65_HS1-834228961_62-HQ-83894_Section_2
Agency: FBI
Page 163
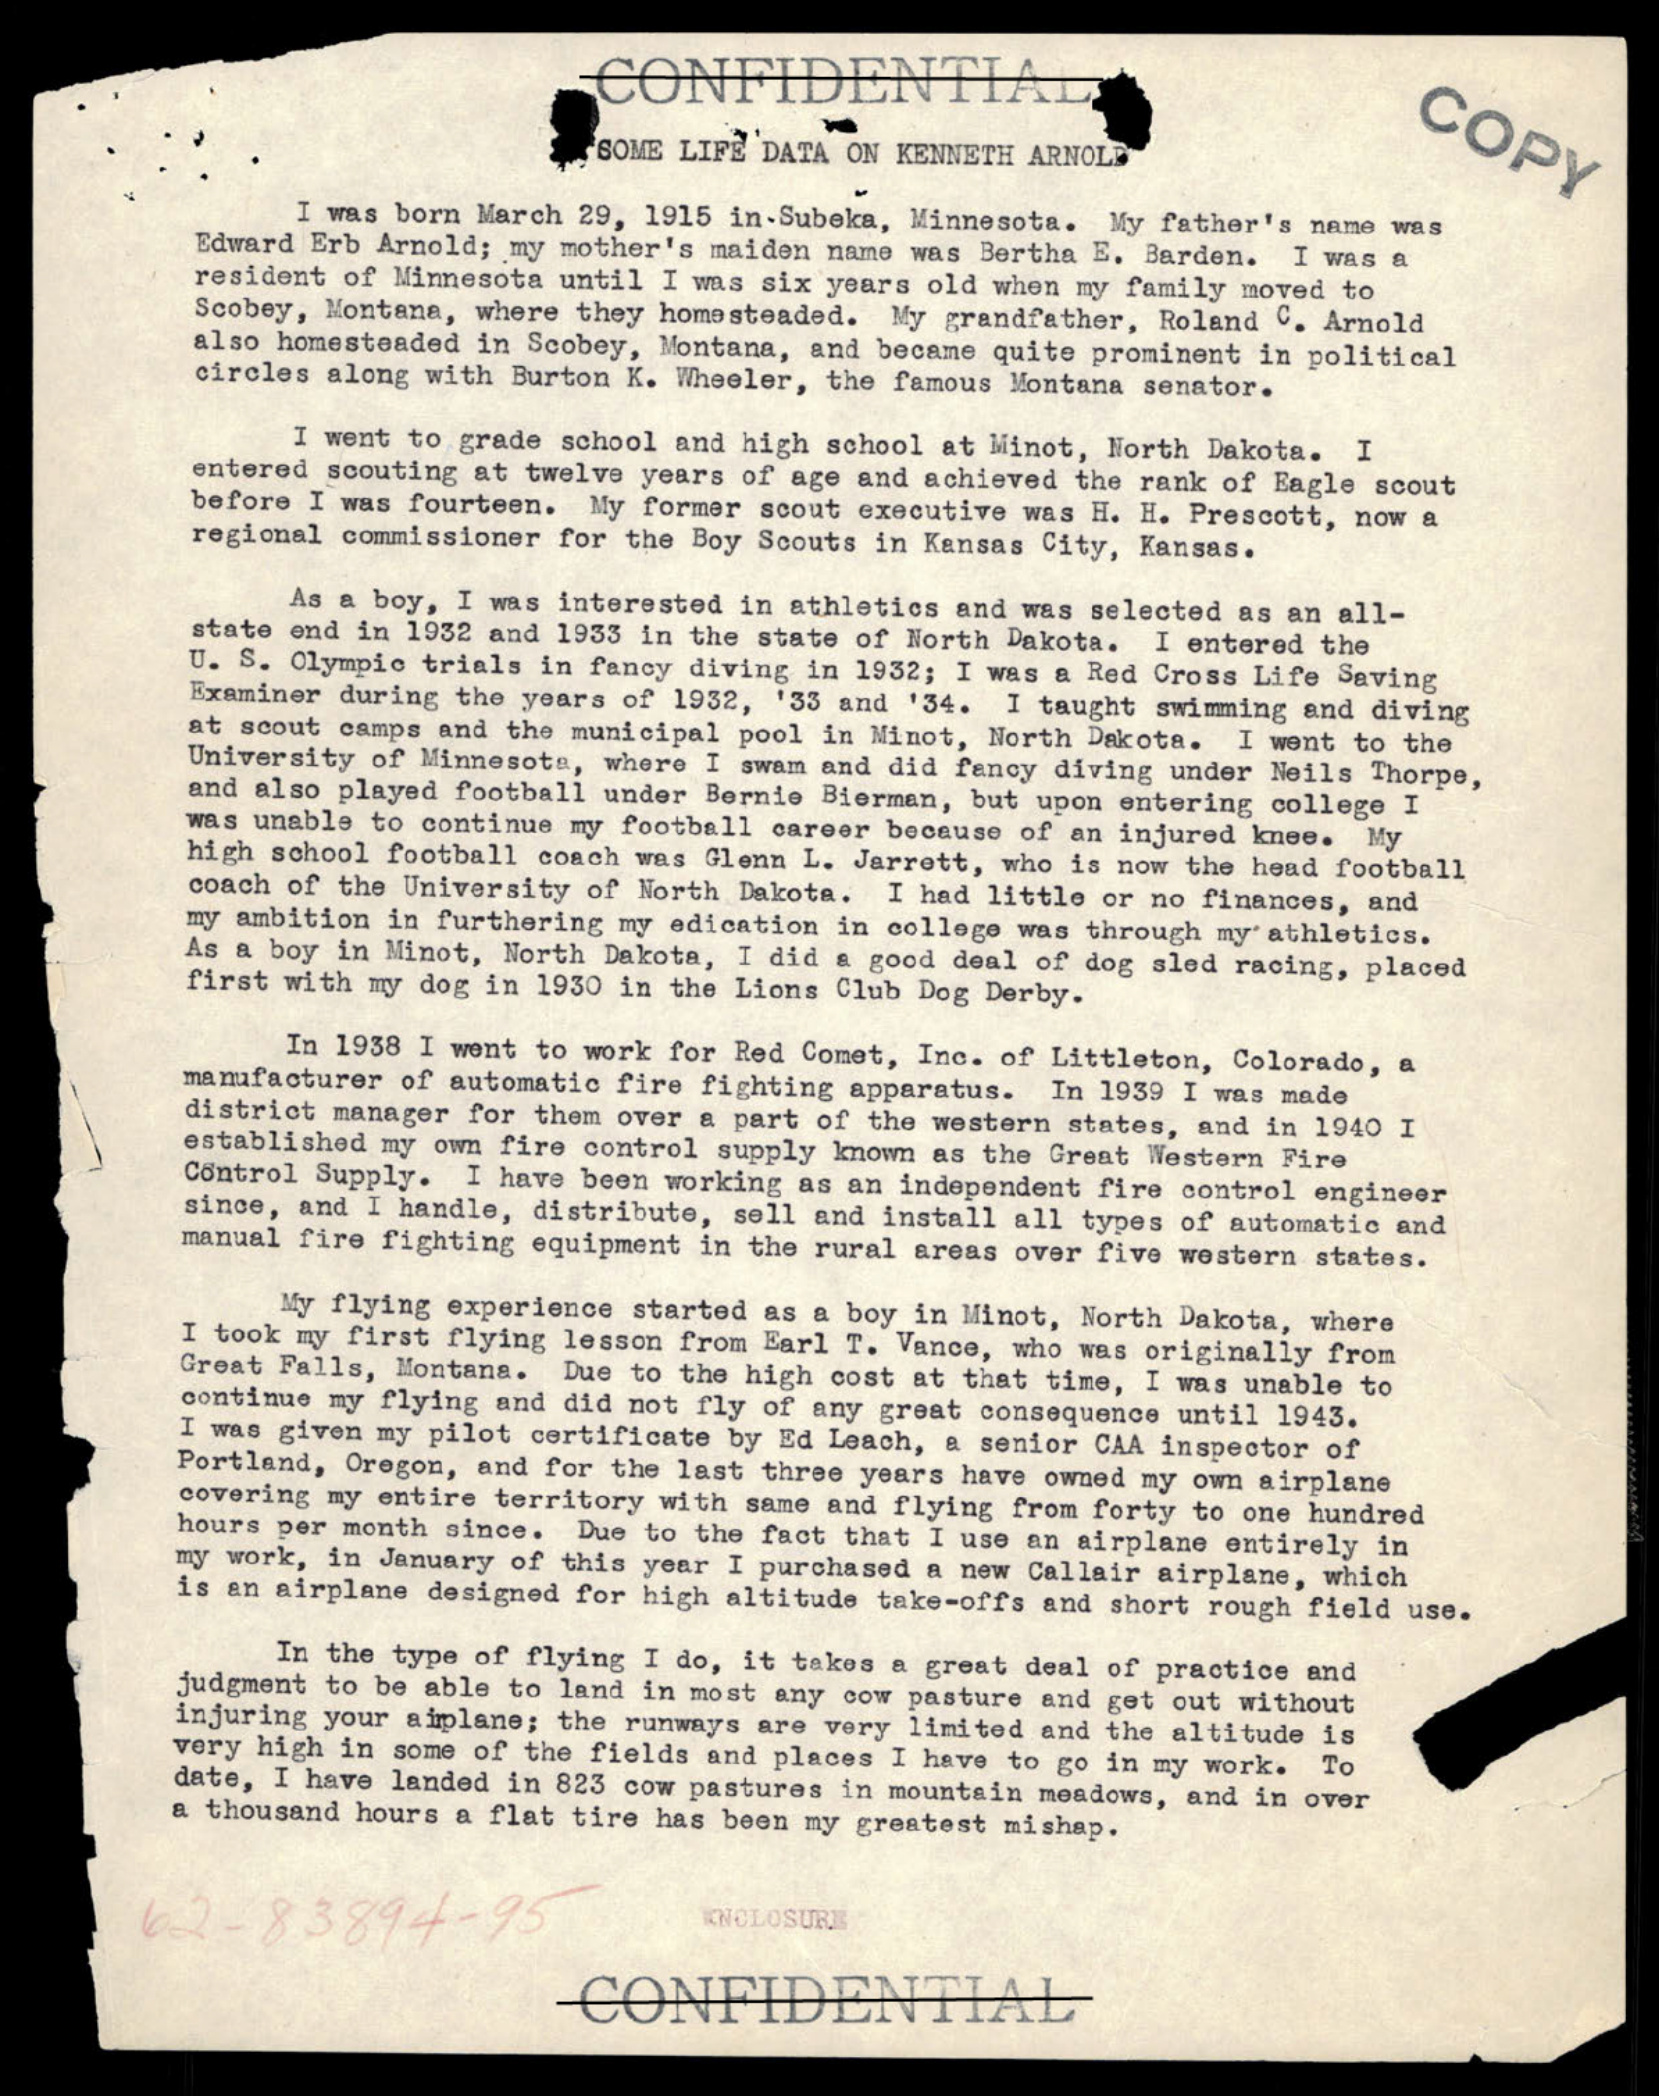